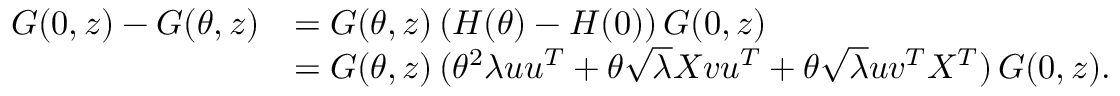
\begin{array} { r l } { G ( 0 , z ) - G ( \theta , z ) } & { = G ( \theta , z ) \, ( H ( \theta ) - H ( 0 ) ) \, G ( 0 , z ) } \\ & { = G ( \theta , z ) \, ( \theta ^ { 2 } \lambda { \boldsymbol u } { \boldsymbol u } ^ { T } + \theta \sqrt { \lambda } X { \boldsymbol v } { \boldsymbol u } ^ { T } + \theta \sqrt { \lambda } { \boldsymbol u } { \boldsymbol v } ^ { T } X ^ { T } ) \, G ( 0 , z ) . } \end{array}